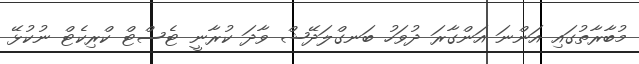
މުބާރާތުގައި އަންނަ އަންގާރަ ދުވަހު ބަނގްލަދޭޝް ވާދަ ކުރާނީ ޓެސްޓް ކްރިކެޓް ނުކުޅޭ